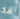
قد